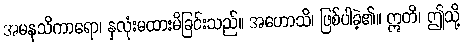
အမနသိကာရော၊ နှလုံးမထားမိခြင်းသည်။ အဟောသိ၊ ဖြစ်ပါခဲ့၏။ ဣတိ၊ ဤသို့